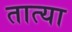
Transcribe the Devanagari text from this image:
तात्‍या